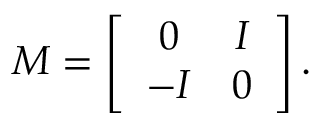
M = \left[ \begin{array} { c c } { { 0 } } & { { I } } \\ { { - I } } & { { 0 } } \end{array} \right] .